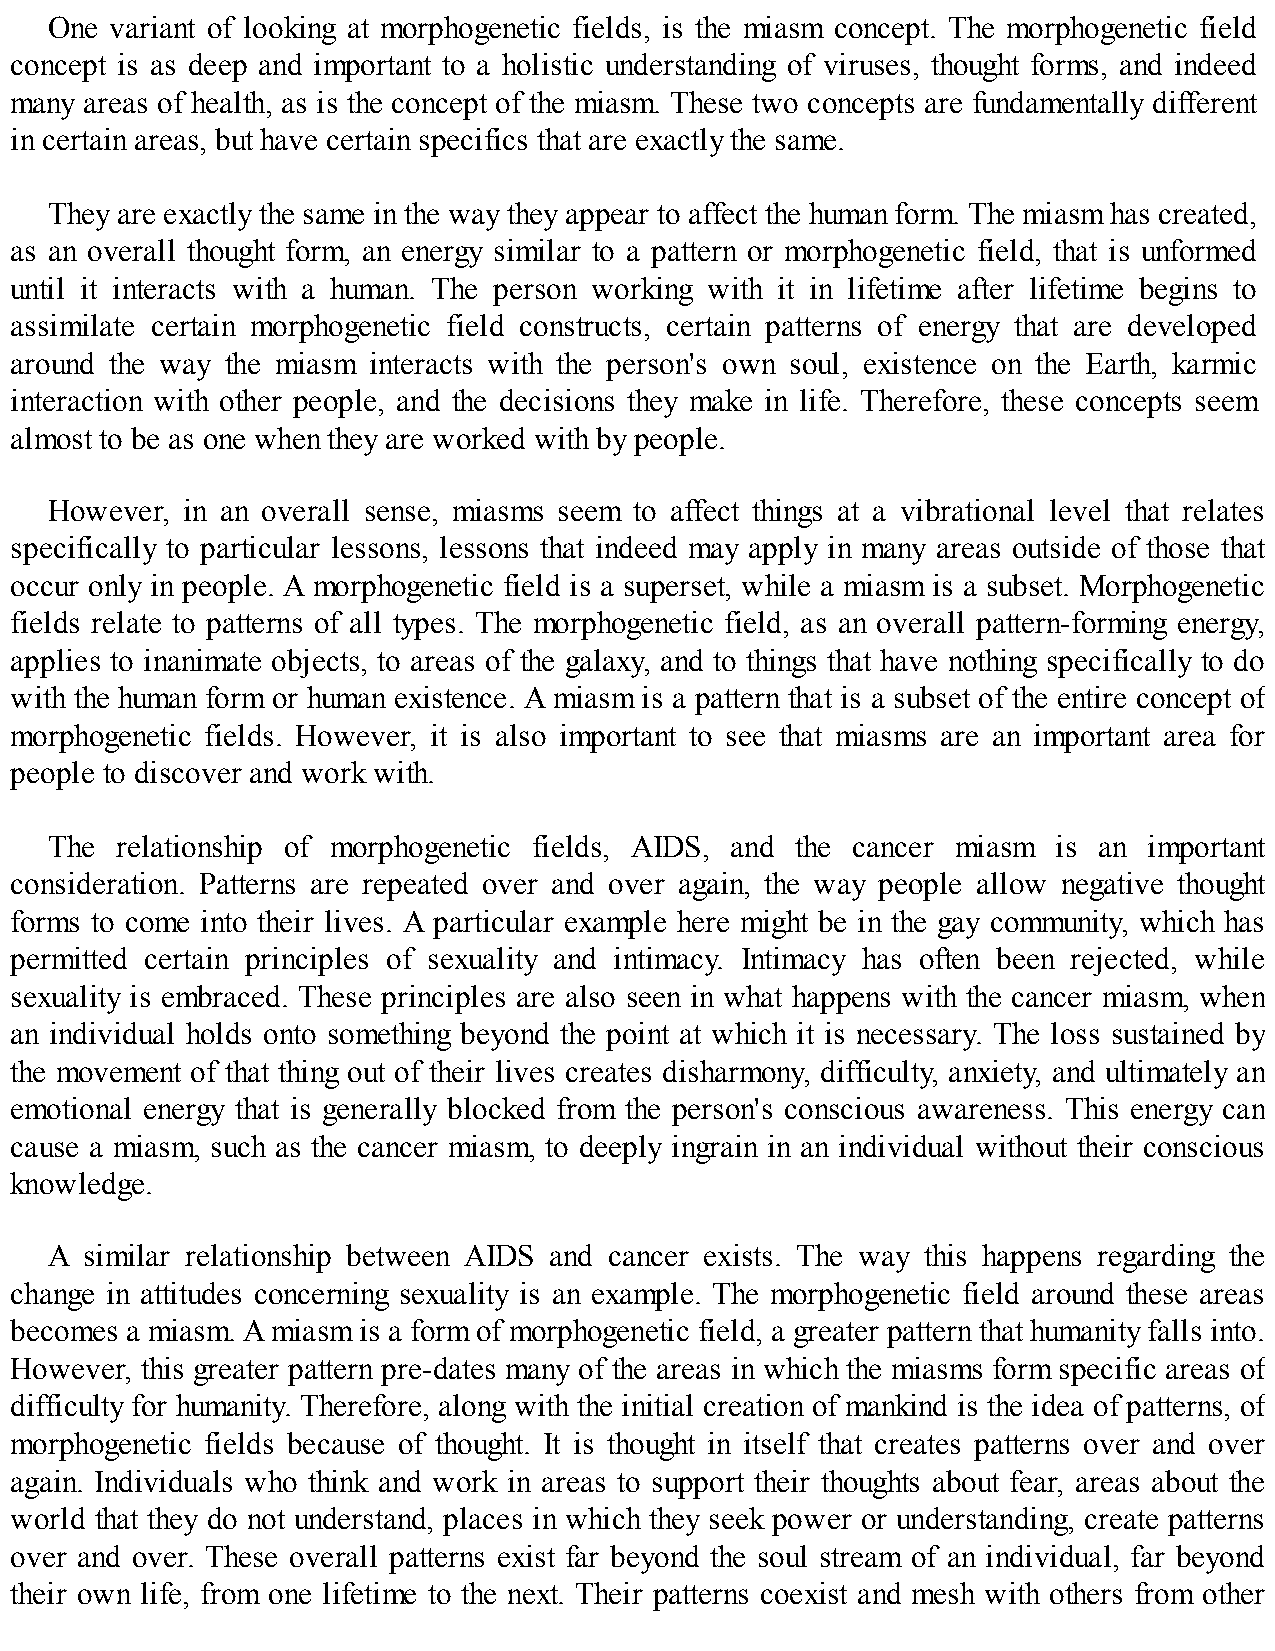
One variant of looking at morphogenetic fields, is the miasm concept. The morphogenetic field
 concept is as deep and important to a holistic understanding of viruses, thought forms, and indeed
 many areas of health, as is the concept of the miasm. These two concepts are fundamentally different
 in certain areas, but have certain specifics that are exactly the same.
 They are exactly the same in the way they appear to affect the human form. The miasm has created,
 as an overall thought form, an energy similar to a pattern or morphogenetic field, that is unformed
 until it interacts with a human. The person working with it in lifetime after lifetime begins to
 assimilate certain morphogenetic field constructs, certain patterns of energy that are developed
 around the way the miasm interacts with the person's own soul, existence on the Earth, karmic
 interaction with other people, and the decisions they make in life. Therefore, these concepts seem
 almost to be as one when they are worked with by people.
 However, in an overall sense, miasms seem to affect things at a vibrational level that relates
 specifically to particular lessons, lessons that indeed may apply in many areas outside of those that
 occur only in people. A morphogenetic field is a superset, while a miasm is a subset. Morphogenetic
 fields relate to patterns of all types. The morphogenetic field, as an overall pattern-forming energy,
 applies to inanimate objects, to areas of the galaxy, and to things that have nothing specifically to do
 with the human form or human existence. A miasm is a pattern that is a subset of the entire concept of
 morphogenetic fields. However, it is also important to see that miasms are an important area for
 people to discover and work with.
 The  relationship of morphogenetic fields, AIDS, and the cancer miasm is an important
 consideration. Patterns are repeated over and over again, the way people allow negative thought
 forms to come into their lives. A particular example here might be in the gay community, which has
 permitted certain principles of sexuality and intimacy. Intimacy has often been rejected, while
 sexuality is embraced. These principles are also seen in what happens with the cancer miasm, when
 an individual holds onto something beyond the point at which it is necessary. The loss sustained by
 the movement of that thing out of their lives creates disharmony, difficulty, anxiety, and ultimately an
 emotional energy that is generally blocked from the person's conscious awareness. This energy can
 cause a miasm, such as the cancer miasm, to deeply ingrain in an individual without their conscious
 knowledge.
 A similar relationship between AIDS and cancer exists. The way this happens regarding the
 change in attitudes concerning sexuality is an example. The morphogenetic field around these areas
 becomes a miasm. A miasm is a form of morphogenetic field, a greater pattern that humanity falls into.
 However, this greater pattern pre-dates many of the areas in which the miasms form specific areas of
 difficulty for humanity. Therefore, along with the initial creation of mankind is the idea of patterns, of
 morphogenetic fields because of thought. It is thought in itself that creates patterns over and over
 again. Individuals who think and work in areas to support their thoughts about fear, areas about the
 world that they do not understand, places in which they seek power or understanding, create patterns
 over and over. These overall patterns exist far beyond the soul stream of an individual, far beyond
 their own life, from one lifetime to the next. Their patterns coexist and mesh with others from other